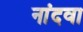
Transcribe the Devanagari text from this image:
नांदवा